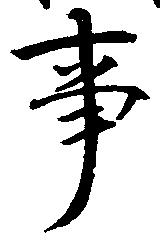
事